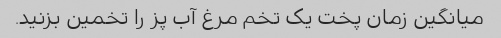
میانگین زمان پخت یک تخم مرغ آب پز را تخمین بزنید.